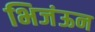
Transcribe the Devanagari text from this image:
भिजंऊन